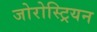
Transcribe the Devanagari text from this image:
जोरोस्ट्रियन